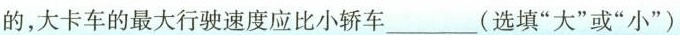
的，大卡车的最大行驶速度应比小轿车_(选填”大”或”小”)。